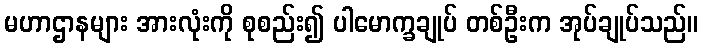
မဟာဌာနများ အားလုံးကို စုစည်း၍ ပါမောက္ခချုပ် တစ်ဦးက အုပ်ချုပ်သည်။